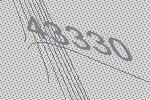
43330